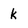
Character: k